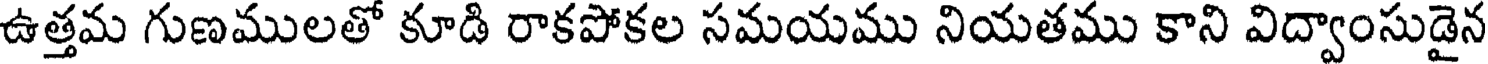
ఉత్తమ గుణములతో కూడి రాకపోకల సమయము నియతము కాని విద్వాంసుడైన